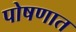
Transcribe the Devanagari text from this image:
पोषणात